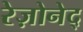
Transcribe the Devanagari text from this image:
रेज़ोनेद्